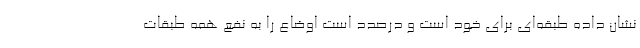
نشان داده طبقه‌ای برای خود است و درصدد است اوضاع را به نفع همه طبقات